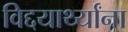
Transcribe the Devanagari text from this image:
विद्दयार्थ्यांना